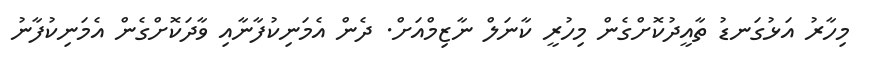
މިހާރު އަޅުގަނޑު ތާއީދުކޮށްގެން މިހުރީ ކާނަލް ނާޒިމްއަށް. ދެން އެމަނިކުފާނާއި ވާދަކޮށްގެން އެމަނިކުުފާނު